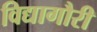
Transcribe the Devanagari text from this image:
विद्यागौरी